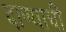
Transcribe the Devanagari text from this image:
दाण्याची